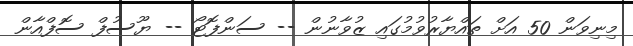
މިނިވަން 50 އަށް ތައްޔާރުވުމުގައި ޒުވާނުން -- ސަންފޮޓޯ -- ޔޫސުފް ސޮފްއާން